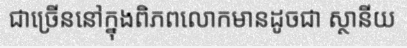
ជាច្រើននៅក្នុងពិភពលោកមានដូចជា ស្ថានីយ